Vaccine operations Central Provinces & Berar 1912-1920 - 1912-1920
Year: 1912
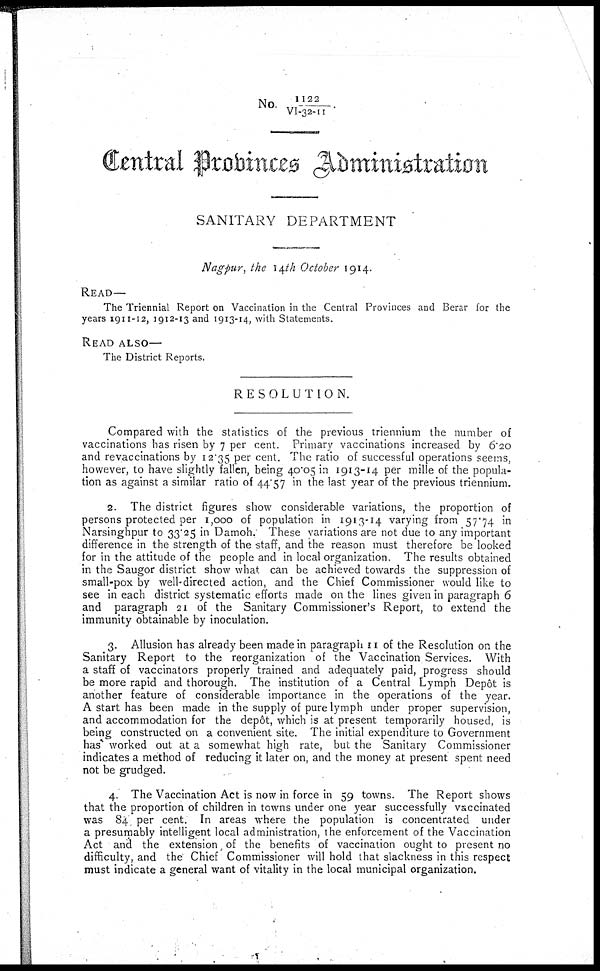
No. 1122/VI-32-11
Central Probinces Administration
SANITARY DEPARTMENT
Nagpur, the 14th October 1914.
READ—
The Triennial Report on Vaccination in the Central Provinces and Berar for the
years 1911-12, 1912-13 and 1913-14, with Statements.
READ ALSO—
The District Reports.
RESOLUTION.
Compared with the statistics of the previous triennium the number of
vaccinations has risen by 7 per cent. Primary vaccinations increased by 6.20
and revaccinations by 12.35 per cent. The ratio of successful operations seems,
however, to have slightly fallen, being 40.05 in 1913-14 per mille of the popula-
tion as against a similar ratio of 44.57 in the last year of the previous triennium.
2. The district figures show considerable variations, the proportion of
persons protected per 1,000 of population in 1913-14 varying from 57.74 in
Narsinghpur to 33.25 in Damoh. These variations are not due to any important
difference in the strength of the staff, and the reason must therefore be looked
for in the attitude of the people and in local organization. The results obtained
in the Saugor district show what can be achieved towards the suppression of
small-pox by well-directed action, and the Chief Commissioner would like to
see in each district systematic efforts made on the lines given in paragraph 6
and paragraph 21 of the Sanitary Commissioner's Report, to extend the
immunity obtainable by inoculation.
3. Allusion has already been made in paragraph 11 of the Resolution on the
Sanitary Report to the reorganization of the Vaccination Services. With
a staff of vaccinators properly trained and adequately paid, progress should
be more rapid and thorough. The institution of a Central Lymph Depôt is
another feature of considerable importance in the operations of the year.
A start has been made in the supply of pure lymph under proper supervision,
and accommodation for the depôt, which is at present temporarily housed, is
being constructed on a convenient site. The initial expenditure to Government
has worked out at a somewhat high rate, but the Sanitary Commissioner
indicates a method of reducing it later on, and the money at present spent need
not be grudged.
4. The Vaccination Act is now in force in 59 towns. The Report shows
that the proportion of children in towns under one year successfully vaccinated
was 84 per cent. In areas where the population is concentrated under
a presumably intelligent local administration, the enforcement of the Vaccination
Act and the extension , of the benefits of vaccination ought to present no
difficulty, and the Chief Commissioner will hold that slackness in this respect
must indicate a general want of vitality in the local municipal organization.